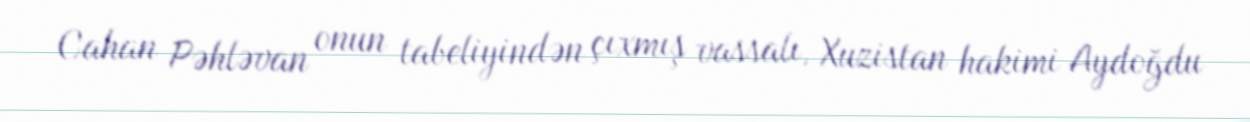
Cahan Pəhləvan onun tabeliyindən çıxmış vassalı, Xuzistan hakimi Aydoğdu